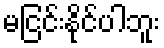
မငြင်းနိုင်ပါဘူး